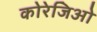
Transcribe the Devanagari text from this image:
कोरेजिओ